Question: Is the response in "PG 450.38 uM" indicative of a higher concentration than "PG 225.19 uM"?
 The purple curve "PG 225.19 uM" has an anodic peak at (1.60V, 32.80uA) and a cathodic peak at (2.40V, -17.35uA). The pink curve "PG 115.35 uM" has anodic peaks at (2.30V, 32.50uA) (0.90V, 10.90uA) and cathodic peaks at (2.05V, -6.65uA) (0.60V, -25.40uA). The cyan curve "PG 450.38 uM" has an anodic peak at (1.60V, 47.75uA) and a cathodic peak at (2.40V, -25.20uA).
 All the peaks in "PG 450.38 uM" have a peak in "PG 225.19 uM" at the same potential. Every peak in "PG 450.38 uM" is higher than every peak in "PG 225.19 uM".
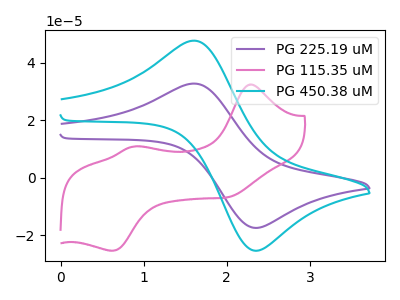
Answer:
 <answer>"PG 450.38 uM" has more signal than "PG 225.19 uM".</answer>
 <eval>more_signal</eval>